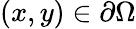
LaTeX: (x,y)\in\partial\Omega